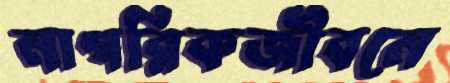
নাগরিকজীবনে